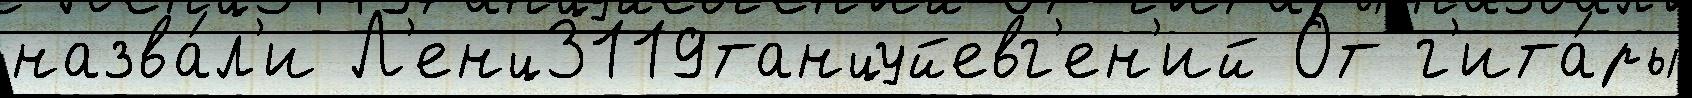
назва́л'и Л'енц3119танцуйевг'ен'ий От г'ита́ры